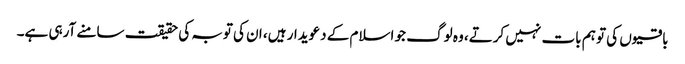
باقیوں کی تو ہم بات نہیں کرتے، وہ لوگ جو اسلام کے دعویدار ہیں، ان کی توبہ کی حقیقت سامنے آرہی ہے۔